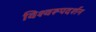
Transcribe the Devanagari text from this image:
विश्‍वरूपदर्शन